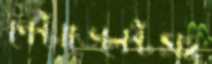
পেন্টাভেলেন্টসহ